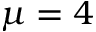
\mu = 4